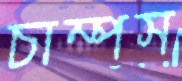
চাম্পস